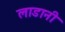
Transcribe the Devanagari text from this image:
लाडानी